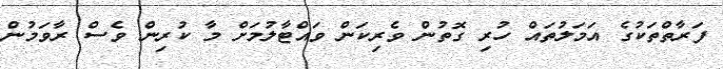
ފަރާތްތަކުގެ އަމަލުތައް ހުރި ގޮތުން ވެރިކަން ވައްޓާލުމަށް މާ ކުރިން ވެސް ރާވަމުން